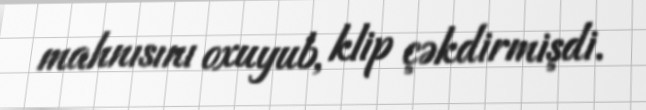
mahnısını oxuyub, klip çəkdirmişdi.